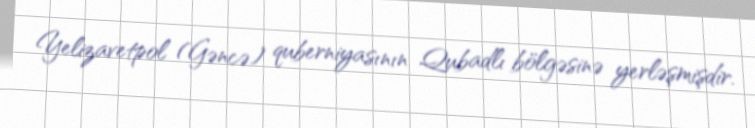
Yelizavetpol (Gəncə) quberniyasının Qubadlı bölgəsinə yerləşmişdir.